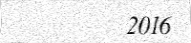
2016